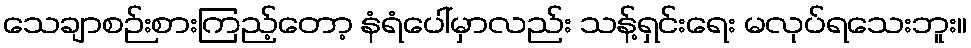
သေချာစဉ်းစားကြည့်တော့ နံရံပေါ်မှာလည်း သန့်ရှင်းရေး မလုပ်ရသေးဘူး။